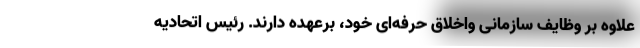
علاوه بر وظایف سازمانی واخلاق حرفه‌ای خود، برعهده دارند. رئیس اتحادیه